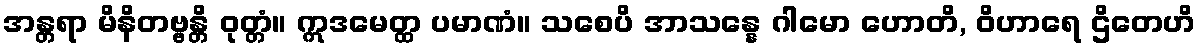
အန္တရာ မိနိတဗ္ဗန္တိ ဝုတ္တံ။ ဣဒမေတ္ထ ပမာဏံ။ သစေပိ အာသန္နေ ဂါမော ဟောတိ, ဝိဟာရေ ဌိတေဟိ